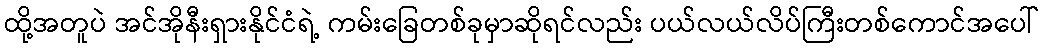
ထို့အတူပဲ အင်အိုနီးရှားနိုင်ငံရဲ့ ကမ်းခြေတစ်ခုမှာဆိုရင်လည်း ပယ်လယ်လိပ်ကြီးတစ်ကောင်အပေါ်